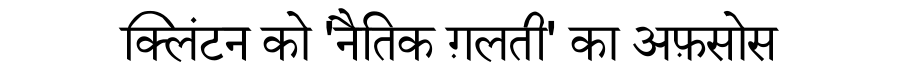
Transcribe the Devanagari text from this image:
क्लिंटन को 'नैतिक ग़लती' का अफ़सोस